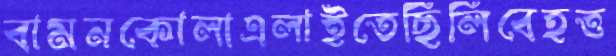
বামনকোলাএলাইতেছিলিবেহত্ত